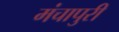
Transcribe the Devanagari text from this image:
मंचापुरी